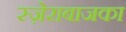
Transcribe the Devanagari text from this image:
स्ज़ेराबाजका